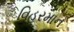
વિહરમાન